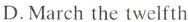
D.March the twelfth